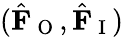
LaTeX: (\hat{\mathbf{F}}_{\mathrm{~O~}},\hat{\mathbf{F}}_{\mathrm{~I~}})